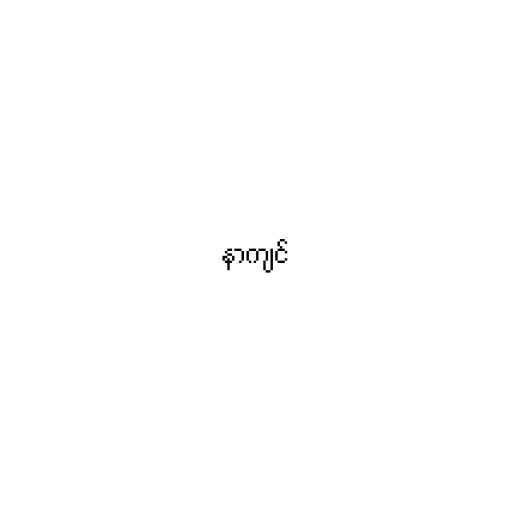
နာကျင်